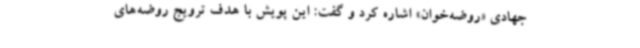
جهادی «روضه‌خوان» اشاره کرد و گفت: این پویش با هدف ترویج روضه‌های